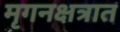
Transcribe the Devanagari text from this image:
मृगनक्षत्रात